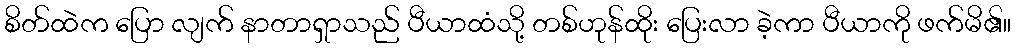
စိတ်ထဲက ပြော လျက် နာတာရှာသည် ပီယာထံသို့ တစ်ဟုန်ထိုး ပြေးလာ ခဲ့ကာ ပီယာကို ဖက်မိ၏။